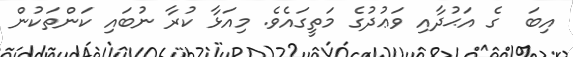
އިބަ  ގެ އަޙުދާއި ވަޢުދުގެ މަތީގައެވެ. މިއަޅާ ކުރާ ނުބައި ކަންތަކުން